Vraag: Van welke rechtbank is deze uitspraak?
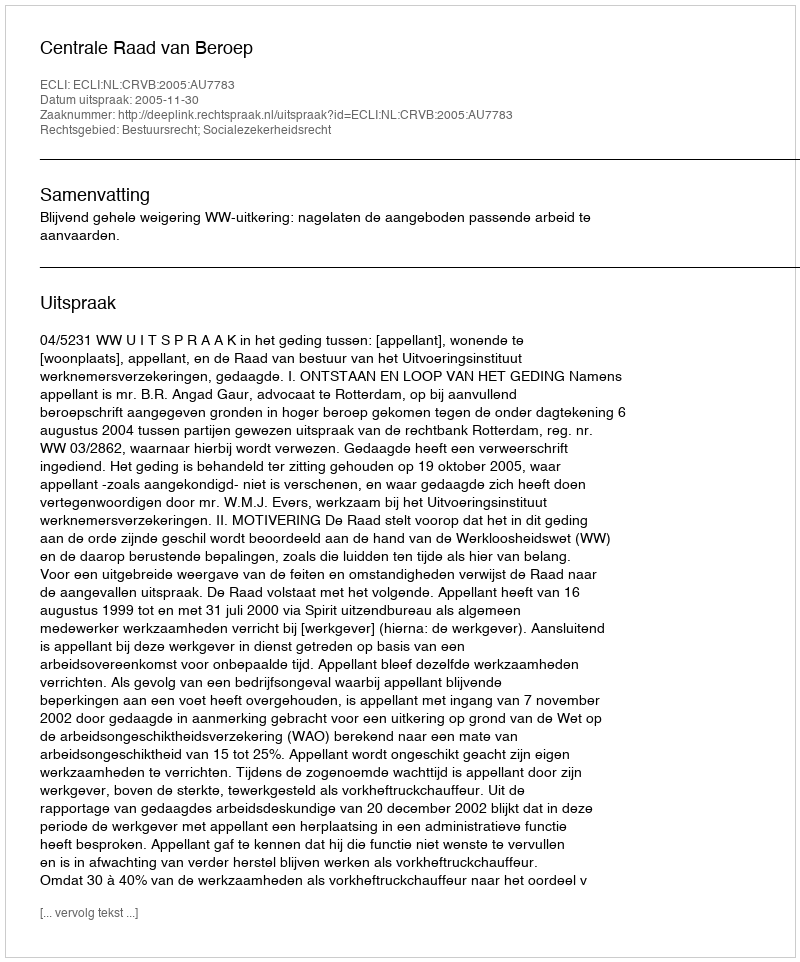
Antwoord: Centrale Raad van Beroep